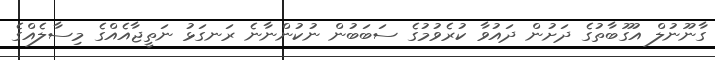
ގާނޫނުލް އުގޫބާތުގެ ދަށުން ދައުވާ ކުރެވުމުގެ ސަބަބުން ނުކުންނާނެ ރަނގަޅު ނަތީޖާއެއްގެ މިސާލެއްގެ